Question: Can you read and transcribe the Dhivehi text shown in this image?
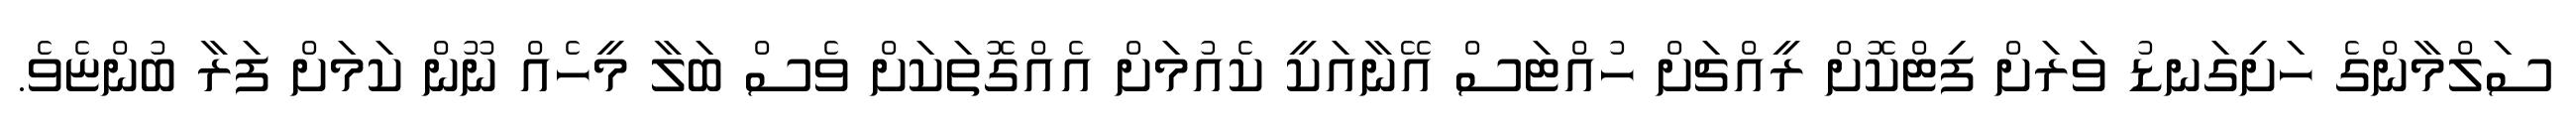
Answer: ސަލްމާންގެ ހަށިގަނޑު ވަރަށް ފިޓްކޮށް ރީއްޗަށް ހުއްޓަސް އޭނާއަކީ ކެއުމަށް އެއްގޮތަކަށް ވެސް ބަލާ މީހެއް ނޫން ކަމަށް ފަރާ ބުންޏެވެ.